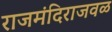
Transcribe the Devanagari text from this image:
राजमंदिराजवळ